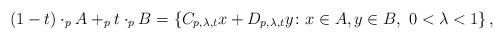
LaTeX: \begin{align*} (1-t)\cdot_p A +_p t \cdot_p B = \left\{C_{p,\lambda,t}x+D_{p,\lambda,t}y \colon x \in A, y \in B, \ 0<\lambda<1\right\}, \end{align*}